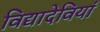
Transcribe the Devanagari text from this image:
विद्यादेवियां